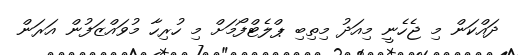
ދައްކަން މި ޖެހެނީ މިއަދު މިތިބި ޕްލެޓްފޯމަށް މި ހުރިހާ މުވައްޒަފުން އަރަން